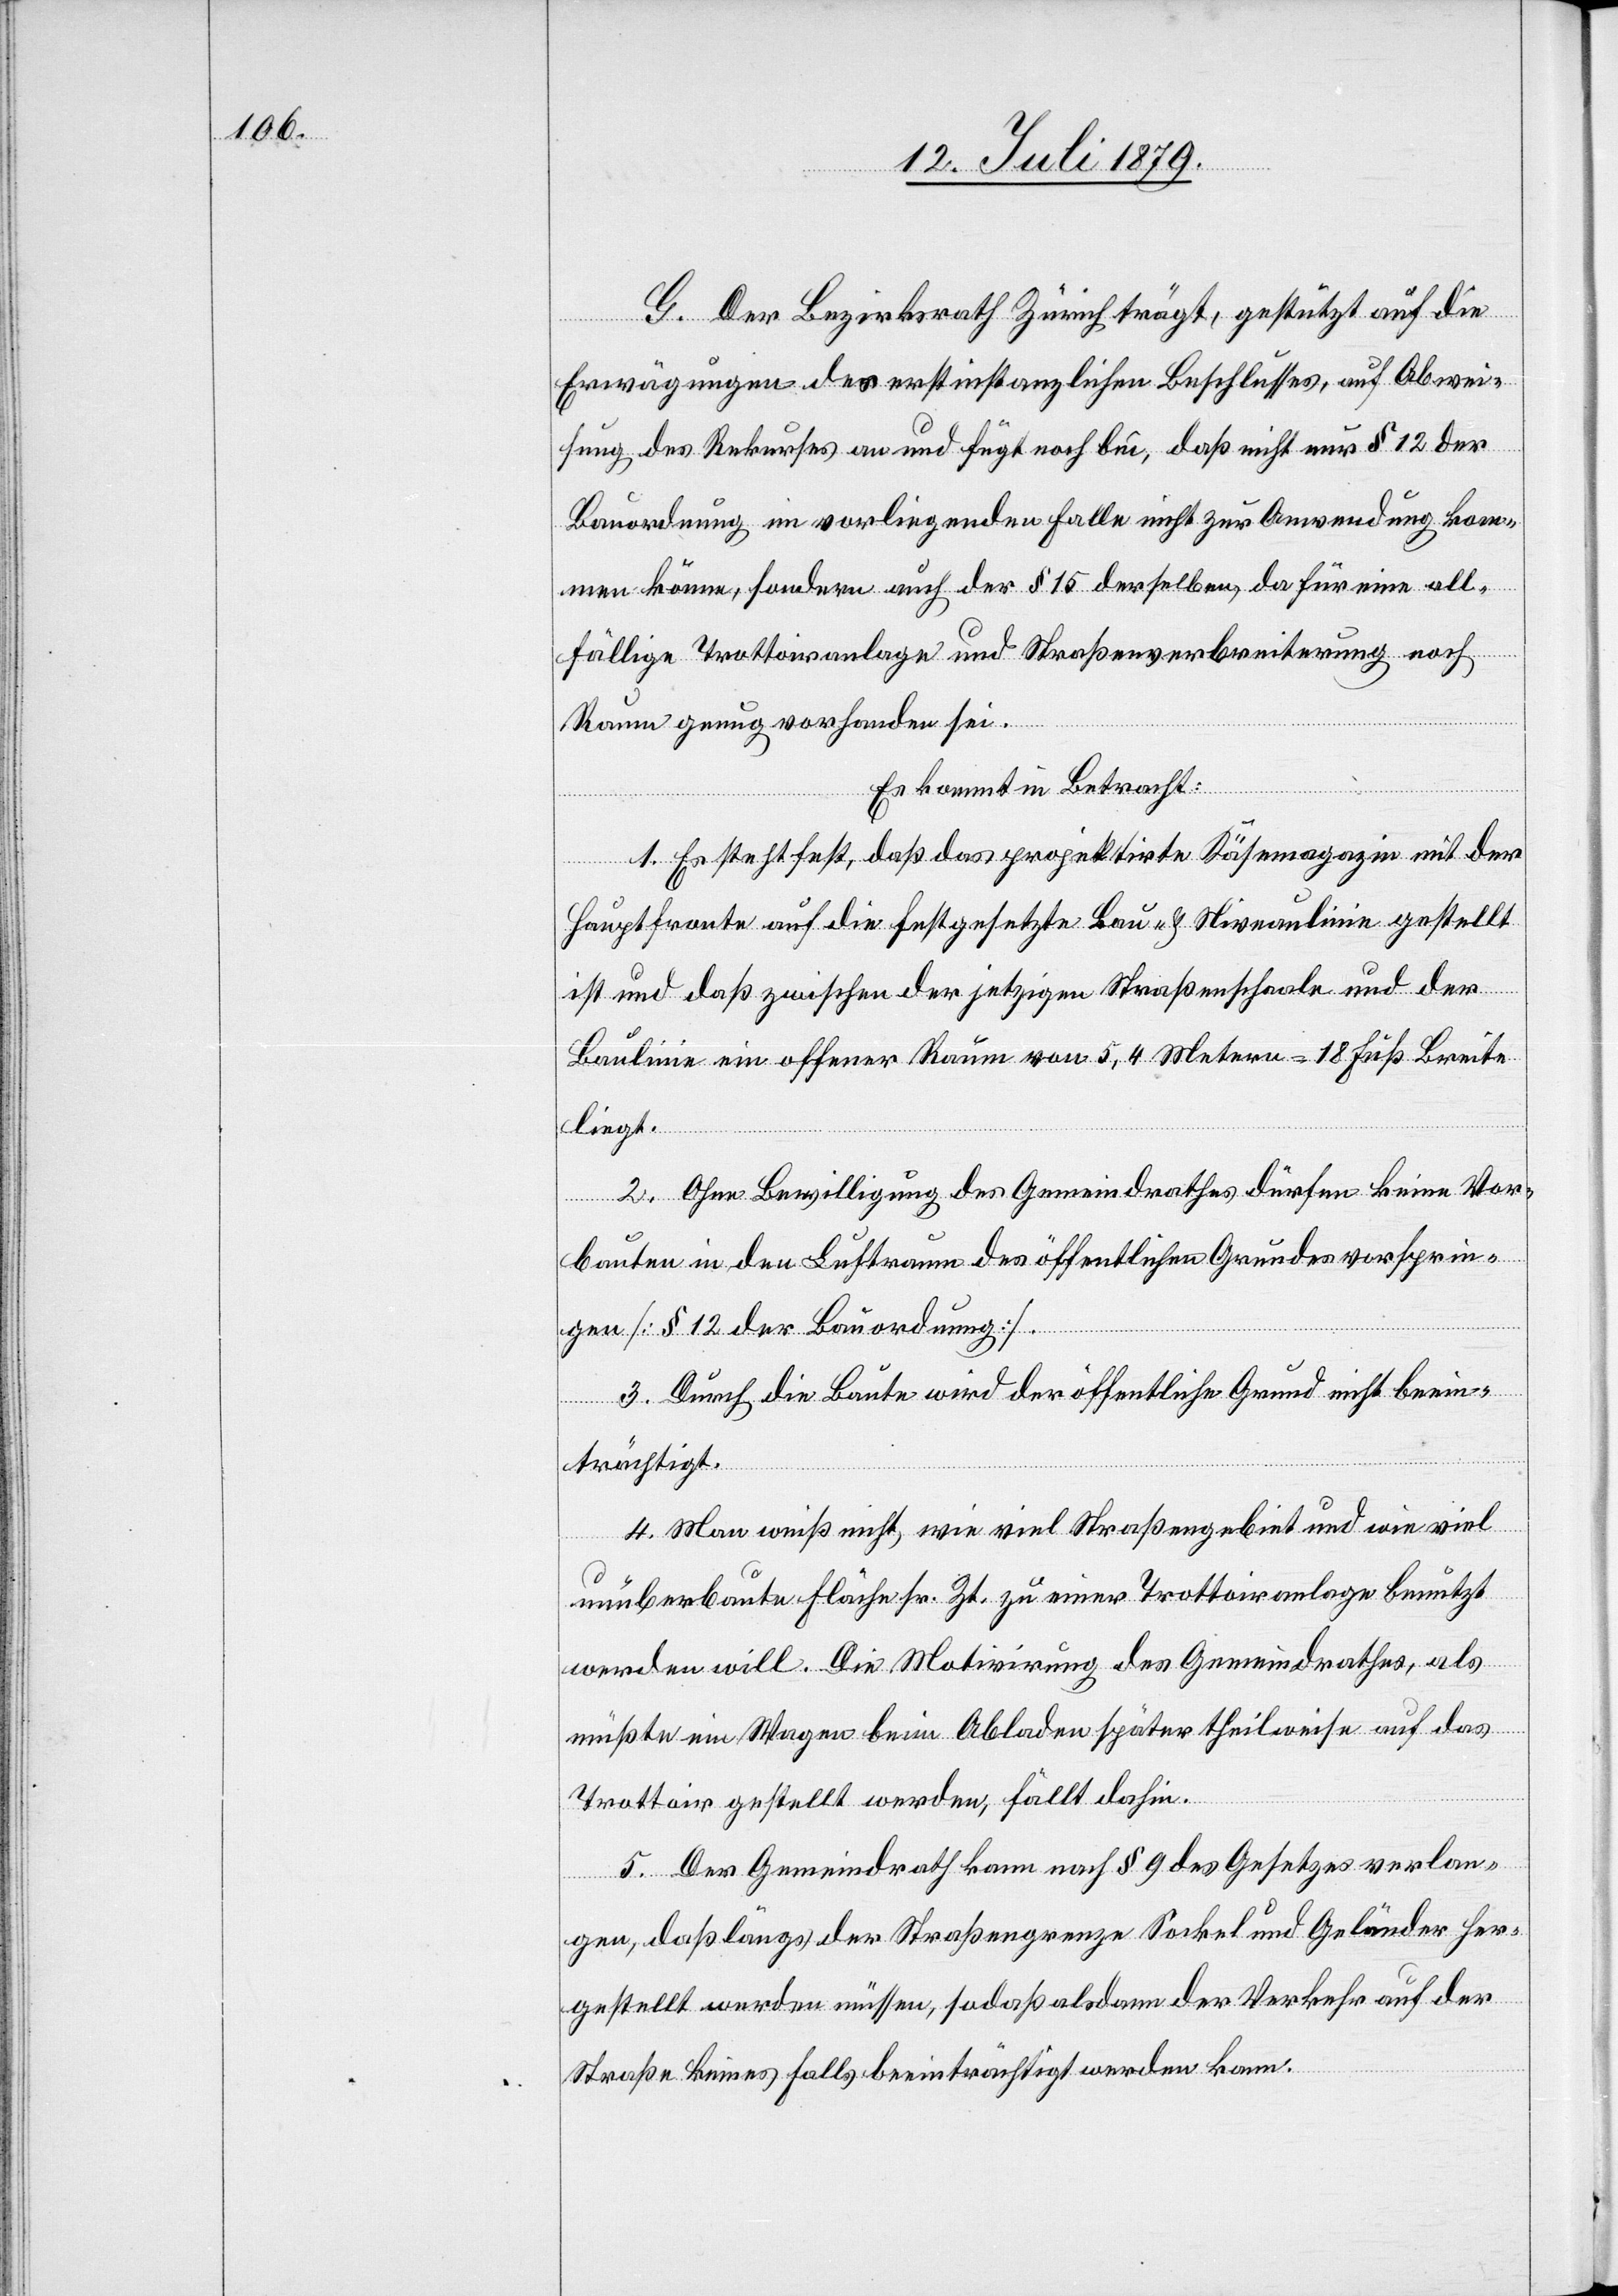
G. Der Bezirksrath Zürich trägt, gestützt auf die
Erwägungen des erstinstanzlichen Beschlusses, auf Abwei¬
sung des Rekurses an und fügt noch bei, daß nicht nur § 12 der
Bauordnung im vorliegenden Falle nicht zur Anwendung kom¬
men könne, sondern auch der § 15 derselben, da für eine all¬
fällige Trottoiranlage und Straßenverbreiterung noch
Raum genug vorhanden sei.
Es kommt in Betracht:
1. Es steht fest, daß das projektirte Käsemagazin mit der
Hauptfronte auf die festgesetzte Bau- & Niveaulinie gestellt
ist und daß zwischen der jetzigen Straßenschaale und der
Baulinie ein offener Raum von 5,4 Metern = 18 Fuß Breite
liegt.
2. Ohne Bewilligung des Gemeindrathes dürfen keine Vor¬
bauten in den Luftraum des öffentlichen Grundes vorsprin¬
gen [§ 12 der Bauordnung].
3. Durch die Baute wird der öffentliche Grund nicht beein¬
trächtigt.
4. Man weiß nicht, wie viel Straßengebiet und wie viel
unüberbaute Fläche sr. Zt. zu einer Trottoiranlage benutzt
werden will. Die Motivirung des Gemeindrathes, als
müßte ein Wagen beim Abladen später theilweise auf das
Trottoir gestellt werden, fällt dahin.
5. Der Gemeindrath kann nach § 9 des Gesetzes verlan¬
gen, daß längs der Straßengrenze Sockel und Geländer her¬
gestellt werden müssen, sodaß alsdann der Verkehr auf der
Straße keines Falls beeinträchtigt werden kann.